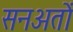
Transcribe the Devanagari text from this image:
सनअतों